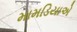
મામડિયાએ